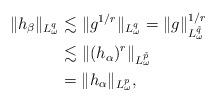
LaTeX: \begin{align*}\|h_\beta\|_{L^q_\omega}&\lesssim \|g^{1/r}\|_{L^q_\omega} =\|g\|^{1/r}_{L^{\tilde q}_\omega}\\&\lesssim \|(h_\alpha)^r\|_{L^{\tilde p}_\omega}\\&=\|h_\alpha\|_{L^p_\omega},\end{align*}